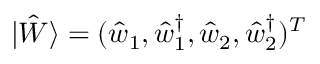
| \hat { W } \rangle = ( \hat { w } _ { 1 } , \hat { w } _ { 1 } ^ { \dagger } , \hat { w } _ { 2 } , \hat { w } _ { 2 } ^ { \dagger } ) ^ { T }